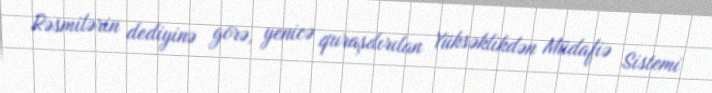
Rəsmilərin dediyinə görə, yenicə quraşdırılan Yüksəklikdən Müdafiə Sistemi